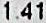
1.41